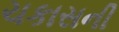
ચકાસની